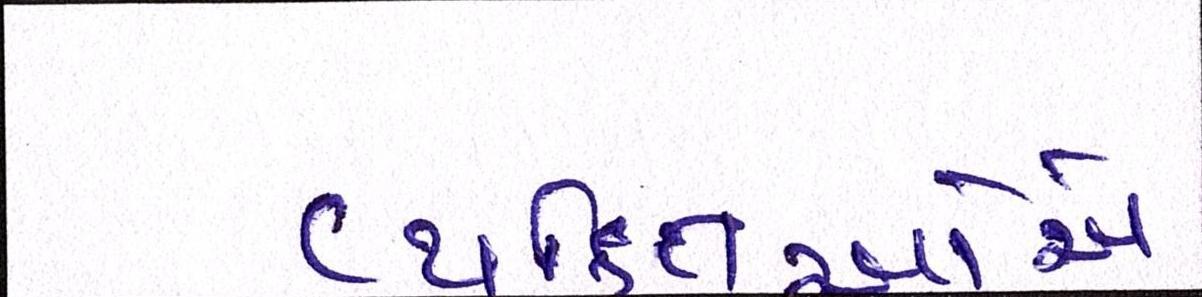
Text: વ્યક્તિઓએ